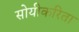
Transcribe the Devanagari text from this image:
सोयीकरिता